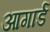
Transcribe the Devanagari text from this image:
आगार्ड